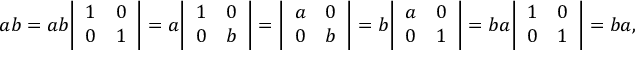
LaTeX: a b = a b { \left| \begin{array} { l l } { 1 } & { 0 } \\ { 0 } & { 1 } \end{array} \right| } = a { \left| \begin{array} { l l } { 1 } & { 0 } \\ { 0 } & { b } \end{array} \right| } = { \left| \begin{array} { l l } { a } & { 0 } \\ { 0 } & { b } \end{array} \right| } = b { \left| \begin{array} { l l } { a } & { 0 } \\ { 0 } & { 1 } \end{array} \right| } = b a { \left| \begin{array} { l l } { 1 } & { 0 } \\ { 0 } & { 1 } \end{array} \right| } = b a ,